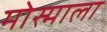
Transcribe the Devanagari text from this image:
मोस्माला